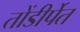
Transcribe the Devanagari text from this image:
तोंडीर्पेत